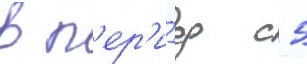
в п'ер'и́од с 5